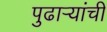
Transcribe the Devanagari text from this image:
पुढार्‍यांची